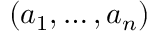
( a _ { 1 } , \ldots , a _ { n } )